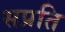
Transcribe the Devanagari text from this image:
सप्रति